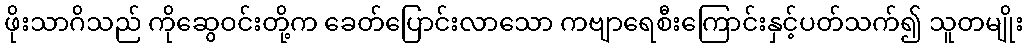
ဖိုးသာဂိသည် ကိုဆွေဝင်းတို့က ခေတ်ပြောင်းလာသော ကဗျာရေစီးကြောင်းနှင့်ပတ်သက်၍ သူတမျိုး